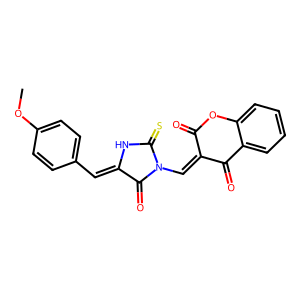
SMILES: COc1ccc(C=C2NC(=S)N(C=C3C(=O)Oc4ccccc4C3=O)C2=O)cc1
Inhibits HIV replication: No